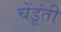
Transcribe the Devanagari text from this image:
चेंडूंती